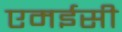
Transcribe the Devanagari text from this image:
एमईसी